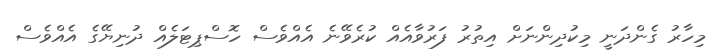
މިހާރު ގެންދަނީ މިކުދިންނަށް އިތުރު ފަރުވާއެއް ކުރެވޭނެ އެއްވެސް ހޮސްޕިޓަލެއް ދުނިޔޭގެ އެއްވެސް